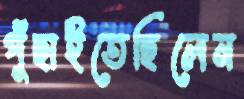
পুঁছাইতেছিলেন